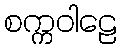
စက္ကဝါဠေ